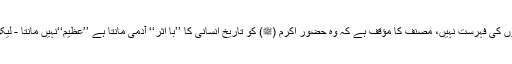
مصنف نے وضاحت کے ساتھ کَہ رکھا ہے کہ یہ با اثر شخصیات کی فہرست ہے عظیم لوگوں کی فہرست نہیں، مصنف کا مؤقف ہے کہ وہ حضور اکرم (ﷺ) کو تاریخِ انسانی کا ’’با اثر‘‘ آدمی مانتا ہے ’’عظیم‘‘نہیں مانتا - لیکن مسئلہ یہ ہے کہ جوشیلے جذباتی مسلمانوں کو ساحرانِ فرنگ کے پینترے کون سمجھائے ؟